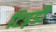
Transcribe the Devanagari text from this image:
टिड़डी